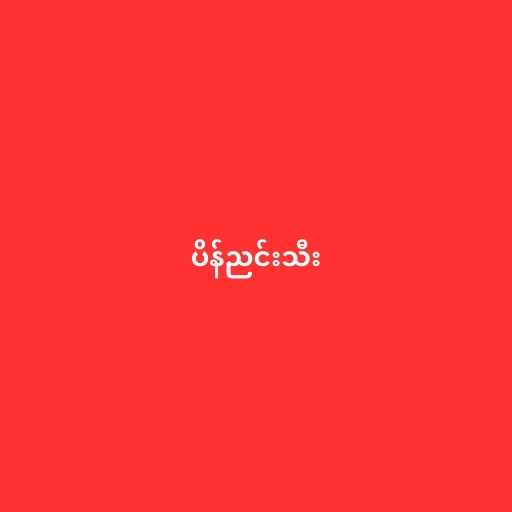
ပိန်ညင်းသီး